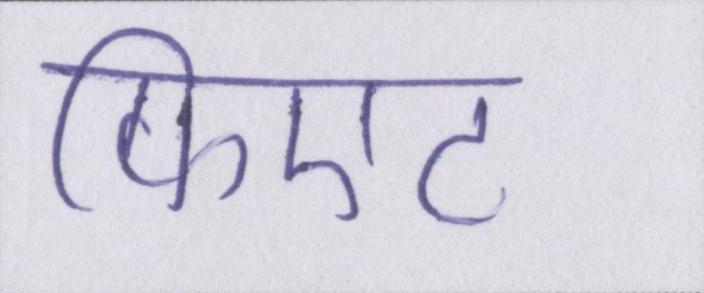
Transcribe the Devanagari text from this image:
फिएट